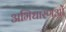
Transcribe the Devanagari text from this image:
अभिधारणओं